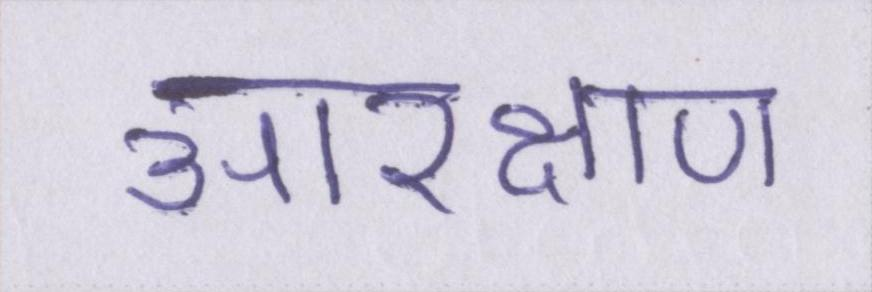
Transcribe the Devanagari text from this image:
आरक्षण